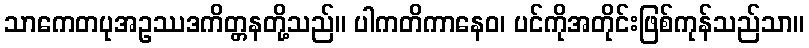
သာကေတပုအဥဿဒကိတ္တနတို့သည်။ ပါကတိကာနေဝ၊ ပင်ကိုအတိုင်းဖြစ်ကုန်သည်သာ။